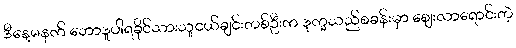
ဒီနေ့မနက် ဘောဒူပါရခိုင်သားသူငယ်ချင်းတစ်ဦးက ဒုက္ခသည်စခန်းမှာ ဈေးလာရောင်းတဲ့